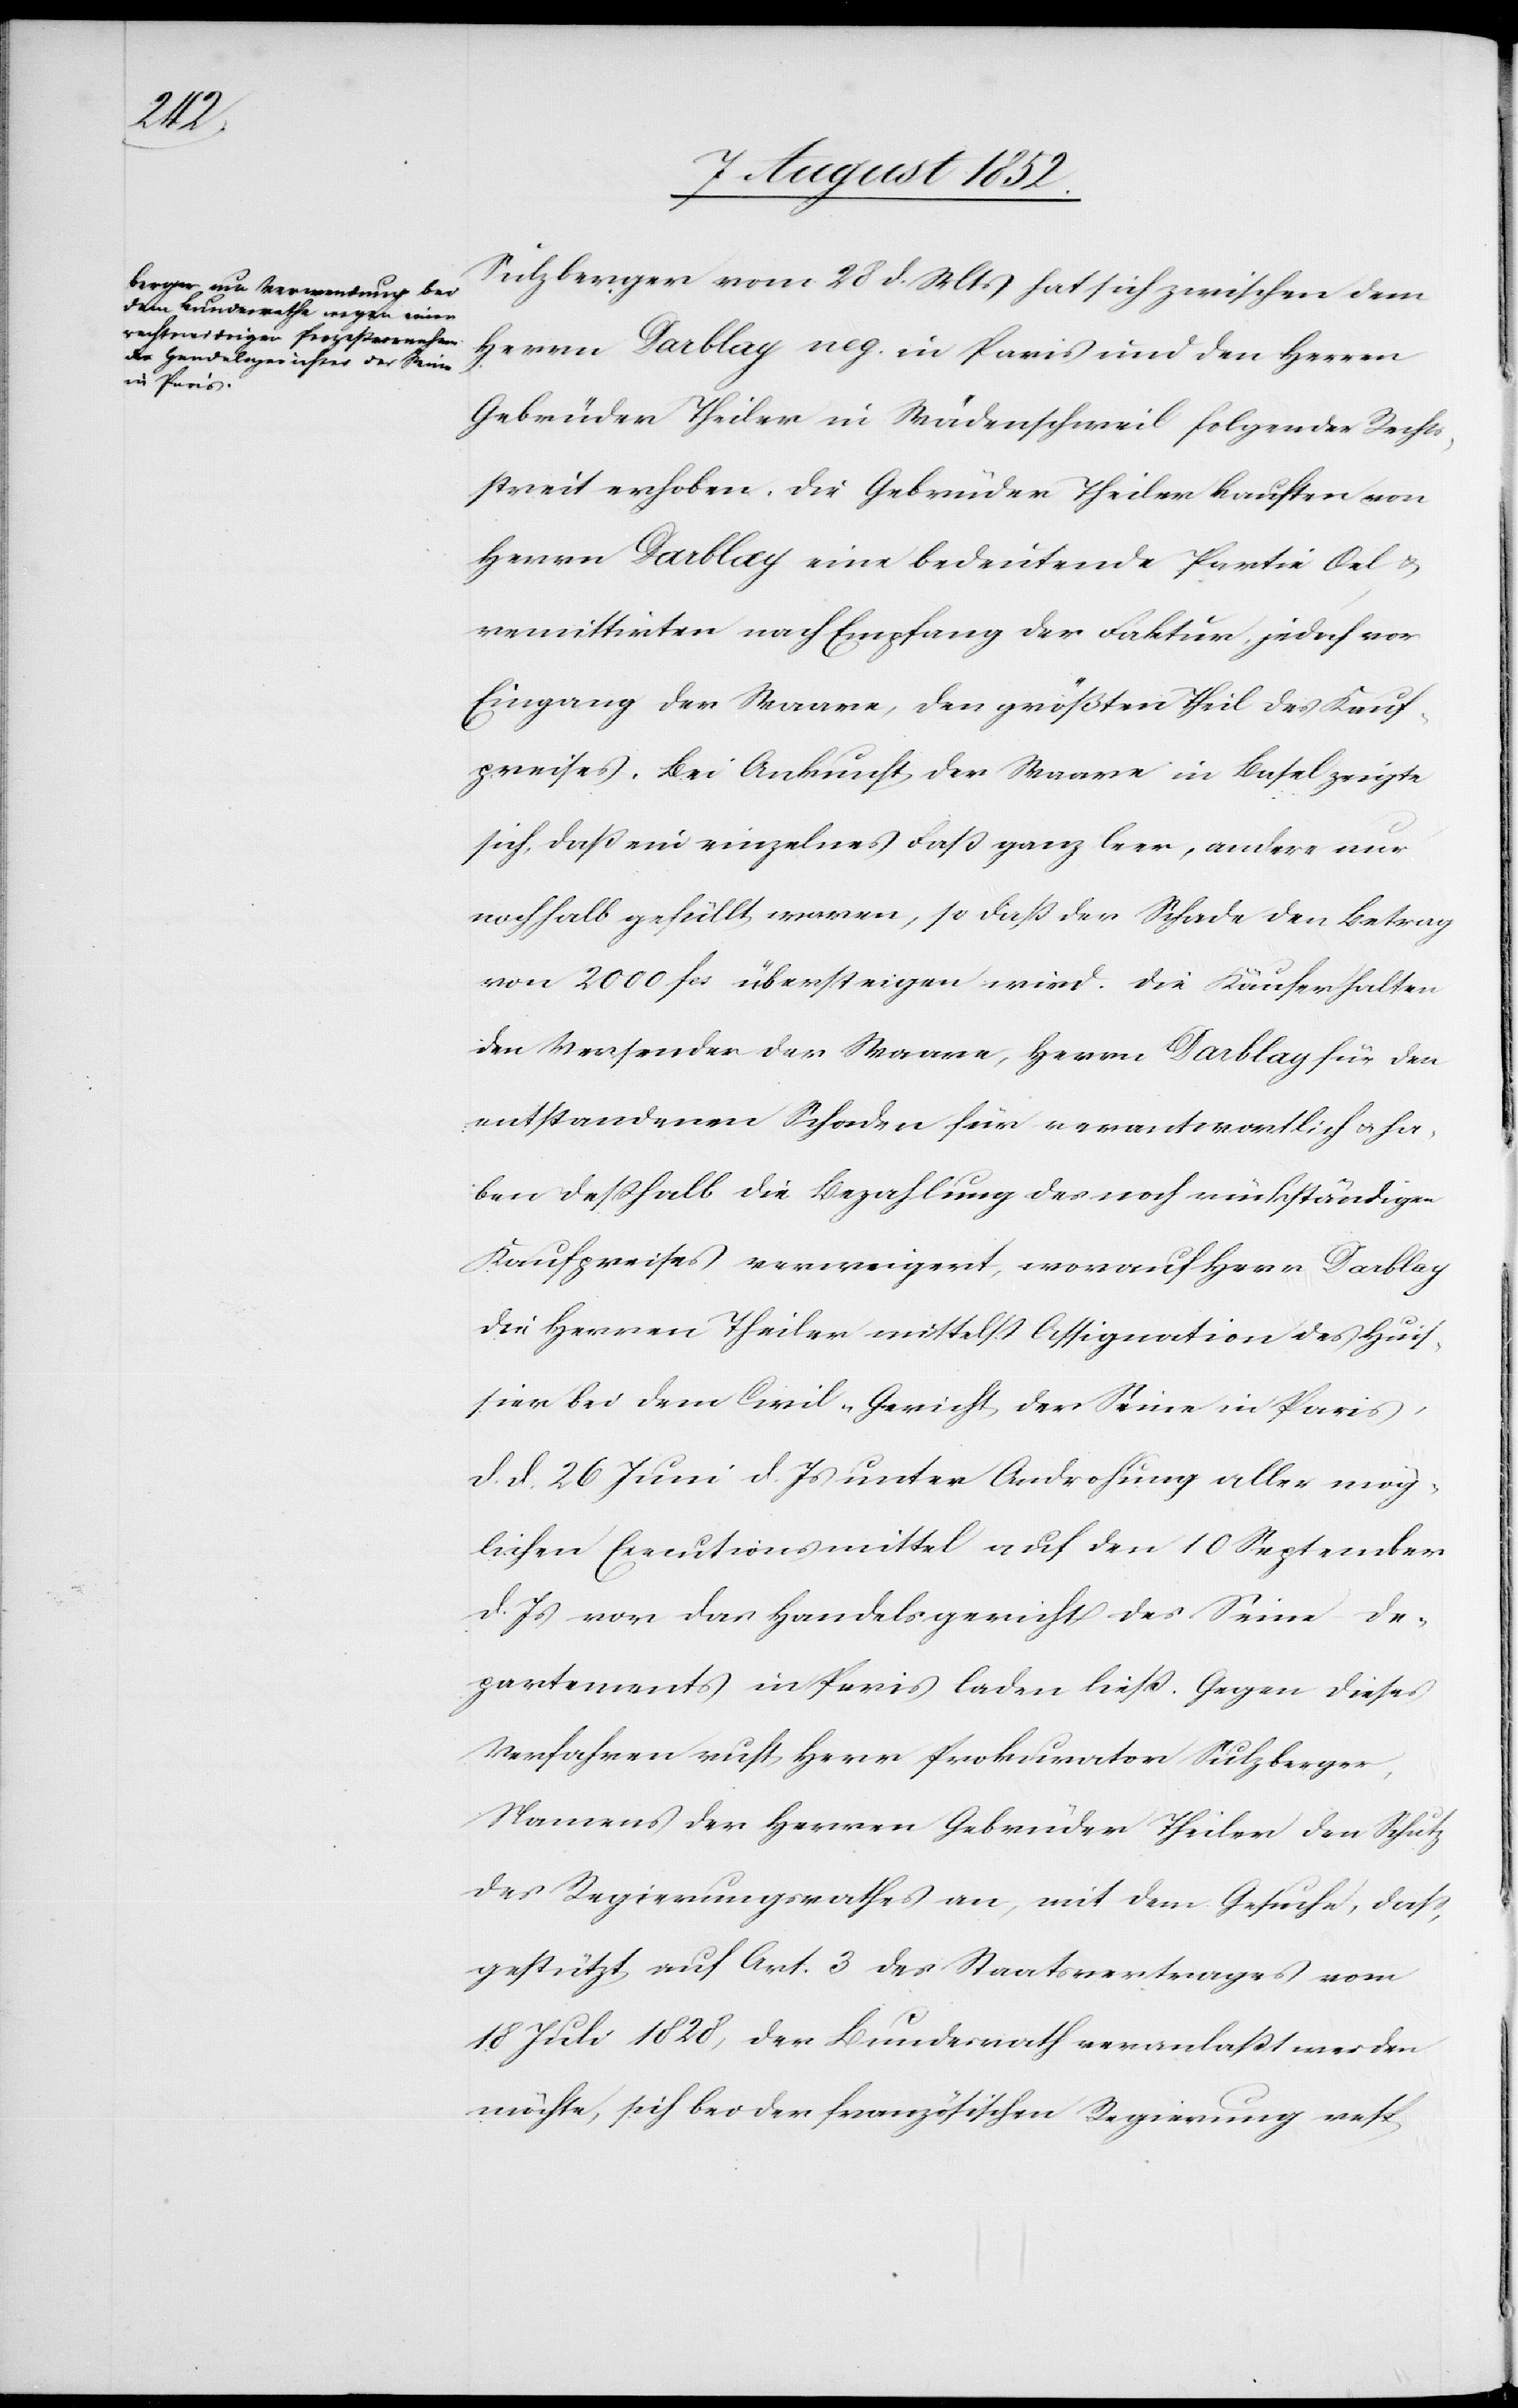
Sulzberger vom 28 d. Mts hat sich zwischen dem
Herrn Darblay neg. in Paris und den Herren
Gebrüder Theiler in Wädenschweil folgender Rechts¬
streit erhoben. Die Gebrüder Theiler kauften von
Herrn Darblay eine bedeutende Partie Oel &
remittirten nach Empfang der Faktur, jedoch vor
Eingang der Waare, den größten Theil des Kauf¬
preises. Bei Ankunft der Waare in Basel zeigte
sich, daß ein einzelnes Faß ganz leer, andere nur
noch halb gefüllt waren, so daß der Schade[n] den Betrag
von 2000 fcs übersteigen wird. Die Käufer halten
den Versender der Waare, Herrn Darblay für den
entstandenen Schaden für verantwortlich & ha¬
ben deßhalb die Bezahlung des noch rückständigen
Kaufpreises verweigert, worauf Herr Darblay
die Herren Theiler mittelst Assignation des Huis¬
sier bei dem Civil-Gericht der Seine in Paris
d. d. 26 Juni d. Js unter Androhung aller mög¬
lichen Executionsmittel auf den 10 September
d. Js vor das Handelsgericht des Seine De¬
partements in Paris laden ließ. Gegen dieses
Verfahren ruft Herr Prokurator Sulzberger,
Namens der Herren Gebrüder Theiler den Schutz
des Regierungsrathes an, mit dem Gesuche, dass,
gestützt auf Art. 3 des Staatsvertrages vom
18 Juli 1828, der Bundesrath veranlaßt werden
möchte, sich bei der französischen Regierung resp